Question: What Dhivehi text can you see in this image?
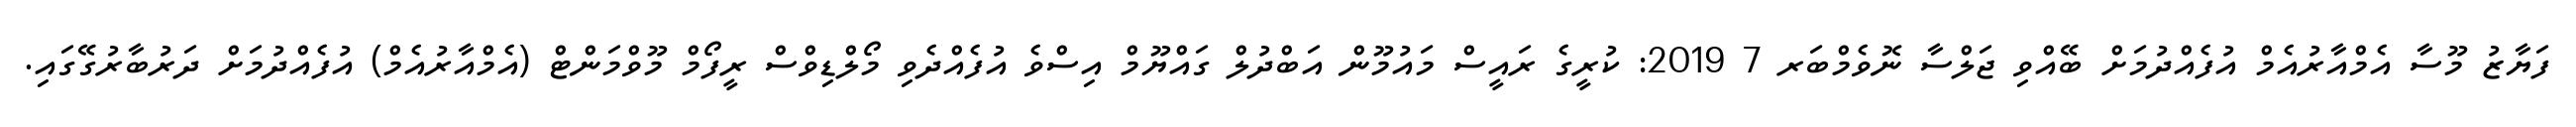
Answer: ފަޔާޒު މޫސާ އެމްއާރުއެމް އުފެއްދުމަށް ބޭއްވި ޖަލްސާ ނޮވެމްބަރ 7 2019: ކުރީގެ ރައީސް މައުމޫން އަބްދުލް ގައްޔޫމް އިސްވެ އުފެއްދެވި މޯލްޑިވްސް ރީފޯމް މޫވްމަންޓް (އެމްއާރުއެމް) އުފެއްދުމަށް ދަރުބާރުގޭގައި.